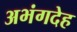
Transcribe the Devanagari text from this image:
अभंगदेह